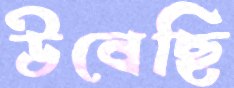
উবেছি